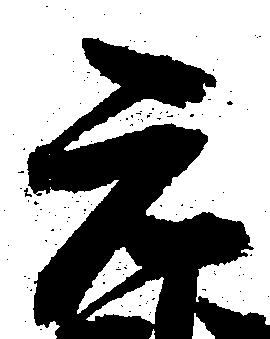
元